Report on enteric fever
Disease focus: Fever
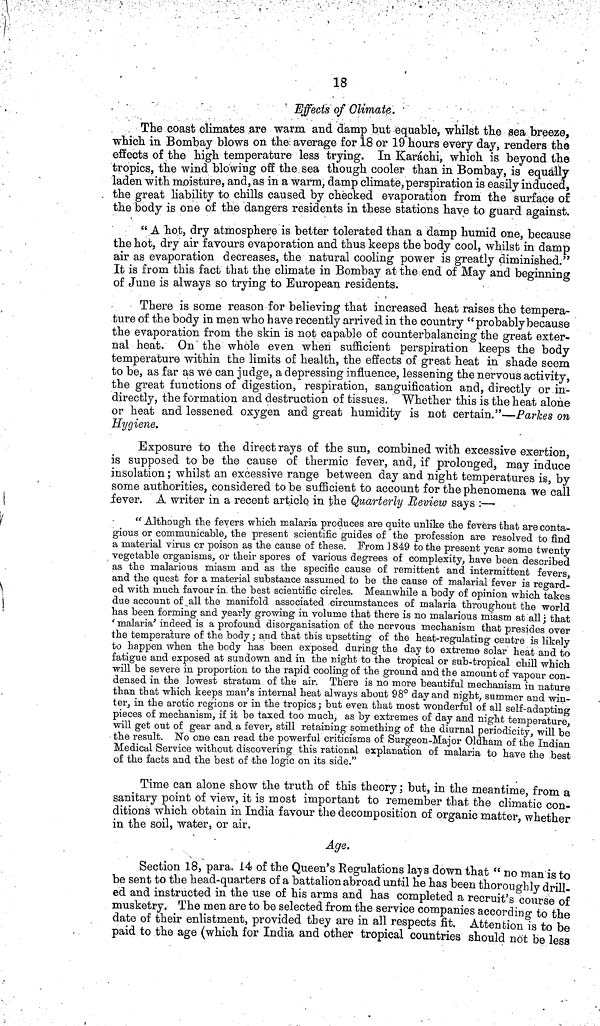
18
Effects of Climate.
The coast climates are warm and damp but equable, whilst the sea breeze,
which in Bombay blows on the average for 18 or 19 hours every day, renders the
effects of the high temperature less trying. In Karáchi, which is beyond the
tropics, the wind blowing off the sea though cooler than in Bombay, is equally
laden with moisture, and, as in a warm, damp climate, perspiration is easily induced,
the great liability to chills caused by checked evaporation from the surface of
the body is one of the dangers residents in these stations have to guard against.
"A hot, dry atmosphere is better tolerated than a damp humid one, because
the hot, dry air favours evaporation and thus keeps the body cool, whilst in damp
air as evaporation decreases, the natural cooling power is greatly diminished."
It is from, this fact that the climate in Bombay at the end of May and beginning
of June is always so trying to European residents.
There is some reason for believing that increased heat raises the tempera-
ture of the body in men who have recently arrived in the country "probably because
the evaporation from the skin is not capable of counterbalancing the great exter-
nal heat. On the whole even when sufficient perspiration keeps the body
temperature within the limits of health, the effects of great heat in shade seem
to be, as far as we can judge, a depressing influence, lessening the nervous activity,
the great functions of digestion, respiration, sanguification and, directly or in-
directly, the formation and destruction of tissues. Whether this is the heat alone
or heat and lessened oxygen and great humidity is not certain."— Parkes on
Hygiene.
Exposure to the direct rays of the sun, combined with excessive exertion,
is supposed to be the cause of thermic fever, and, if prolonged, may induce
insolation; whilst an excessive range between day and night temperatures is, by
some authorities, considered to be sufficient to account for the phenomena we call
fever. A writer in a recent article in the Quarterly Review says :—
"Although, the fevers which malaria produces are quite unlike the fevers that are conta-
gious or communicable, the present scientific guides of the profession are resolved to find
a material virus or poison as the cause of these. From ] 849 to the present year some twenty
vegetable organisms, or their spores of various degrees of complexity, have been described
as the malarious miasm and as the specific cause of remittent and intermittent fevers,
and the quest for a material substance assumed to be the cause of malarial fever is regard-
ed with much favour in the best scientific circles. Meanwhile a body of opinion which takes
due account of all the manifold associated circumstances of malaria throughout the world
has been forming and yearly growing in volume that there is no malarious miasm at all; that
'malaria' indeed is a profound disorganisation of the nervous mechanism that presides over
the temperature of the body; and that this upsetting of the heat-regulating centre is likely
to happen when the body has been exposed during the day to extreme solar heat and to
fatigue and exposed at sundown and in the night to the tropical or sub-tropical chill which
will be severe in proportion to the rapid cooling of the ground and the amount of vapour con-
densed in the lowest stratum of the air. There is no more beautiful mechanism in nature
than that which keeps man's internal heat always about 98° day and night, summer and win-
ter, in the arctic regions or in the tropics; but even that most wonderful of all self-adapting
pieces of mechanism, if it be taxed too much, as by extremes of day and night temperature
will get out of gear and, a fever, still retaining something of the diurnal periodicity, will be
the result. No one can read the powerful criticisms of Surgeon-Major Oldham of the Indian
Medical Service without discovering this rational explanation of malaria to have the best
of the facts and the best of the logic on its side."
Time can alone show the truth of this theory; but, in the meantime, from a
sanitary point of view, it is most important to remember that the climatic con-
ditions which obtain in India favour the decomposition of organic matter, whether
in the soil, water, or air.
Age.
Section 18, para. 14 of the Queen's Regulations lays down that "no man is to
be sent to the head-quarters of a battalion abroad until he has been thoroughly drill,
ed and instructed in the use of his arms and has completed a recruit's course of
musketry. The men are to be selected from the service companies according to the
date of their enlistment, provided they are in all respects fit. Attention is to be
paid to the age (which for India and other tropical countries should not be less